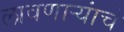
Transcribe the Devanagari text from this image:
लावणाऱ्यांचे